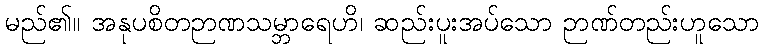
မည်၏။ အနုပစိတဉာဏသမ္ဘာရေဟိ၊ ဆည်းပူးအပ်သော ဉာဏ်တည်းဟူသော